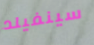
سينفيلد